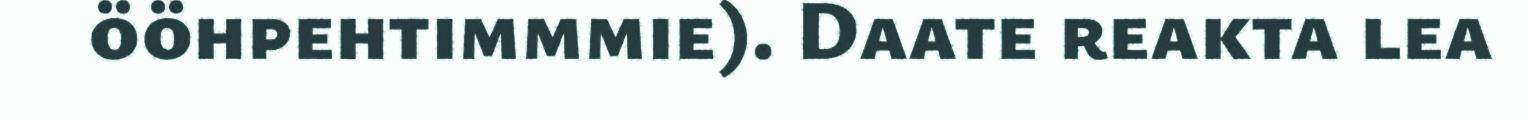
ööhpehtimmmie). Daate reakta lea